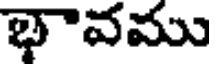
భావము